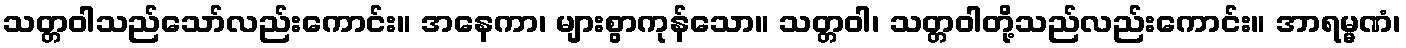
သတ္တဝါသည်သော်လည်းကောင်း။ အနေကာ၊ များစွာကုန်သော။ သတ္တဝါ၊ သတ္တဝါတို့သည်လည်းကောင်း။ အာရမ္မဏံ၊